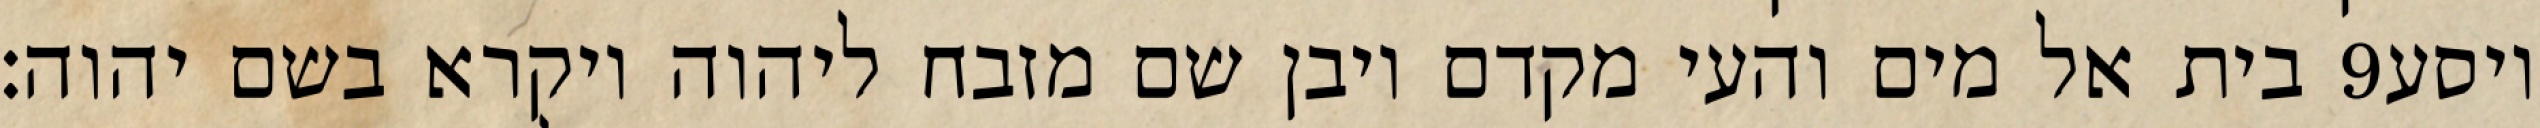
בית אל מים והעי מקדם ויבן שם מזבח ליהוה ויקרא בשם יהוה׃ ‎9‏ ויסע